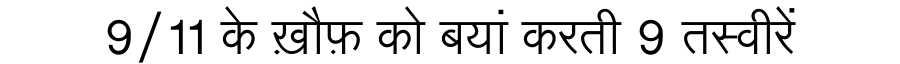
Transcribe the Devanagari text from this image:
9/11 के ख़ौफ़ को बयां करती 9 तस्वीरें